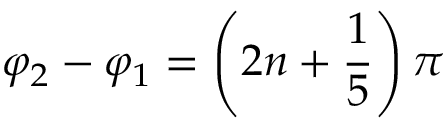
\varphi _ { 2 } - \varphi _ { 1 } = \left( 2 n + \frac { 1 } { 5 } \right) \pi